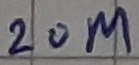
Text: 20M